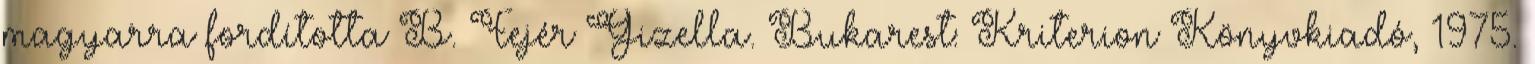
magyarra fordította B. Fejér Gizella. Bukarest: Kriterion Könyvkiadó, 1975.